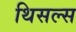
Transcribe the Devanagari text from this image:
थिसल्स